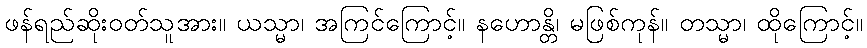
ဖန်ရည်ဆိုးဝတ်သူအား။ ယသ္မာ၊ အကြင်ကြောင့်။ နဟောန္တိ၊ မဖြစ်ကုန်။ တသ္မာ၊ ထိုကြောင့်။